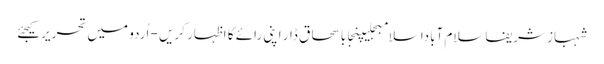
شہباز شریفاسلام آباداسلامبجلیپنجاباسحاق ڈار اپنی رائے کا اظہار کریں - اُردو میں تحریر کیجئے